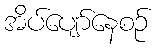
အိပ်ပျော်နေစဉ်